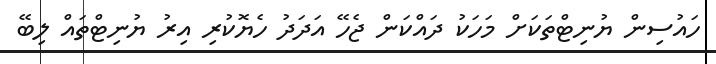
ހައުސިން ޔުނިޓްތަކަށް މަހަކު ދައްކަން ޖެހޭ އަދަދު ހެޔޮކުރި އިރު ޔުނިޓްތައް ލިބޭ